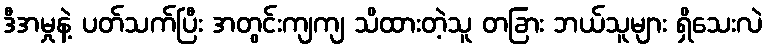
ဒီအမှုနဲ့ ပတ်သက်ပြီး အတွင်းကျကျ သိထားတဲ့သူ တခြား ဘယ်သူများ ရှိသေးလဲ